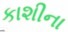
કાશીના